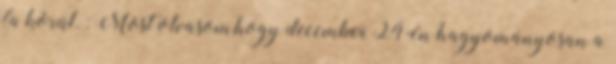
fa körül. : Most olvasom,hogy december 24-én hagyományosan a